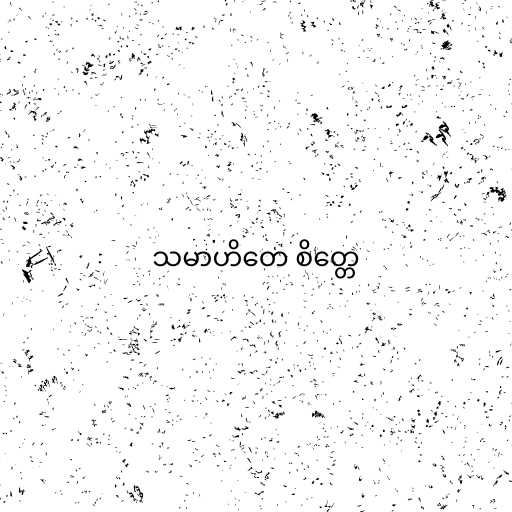
သမာဟိတေ စိတ္တေ